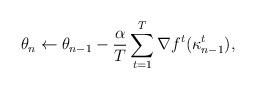
LaTeX: \begin{align*} \theta_n \leftarrow \theta_{n-1} - \frac{\alpha}{T}\sum_{t=1}^T \nabla f^t(\kappa_{n-1}^t), \end{align*}